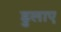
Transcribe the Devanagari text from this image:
डुलाए